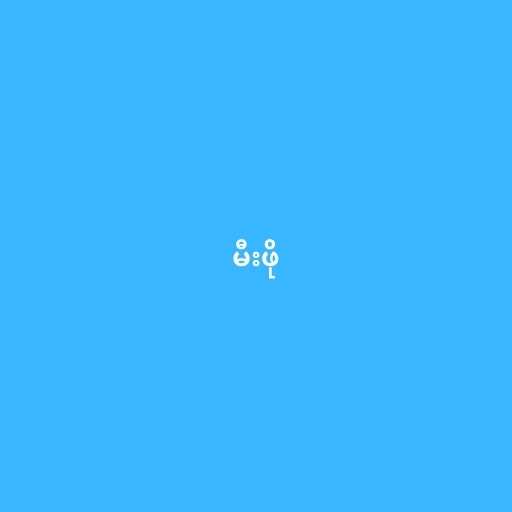
မီးဖို